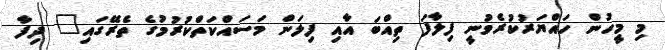
މި މީހުން ހައްޔަރުކުރެވުނީ ފިލާފަ ތިއްބަ އާއި ފިލަން މަސައްކަތްކުރުމުގެ ތެރޭގައި" ދިފާ